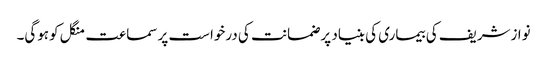
نوازشریف کی بیماری کی بنیاد پر ضمانت کی درخواست پر سماعت منگل کوہوگی۔